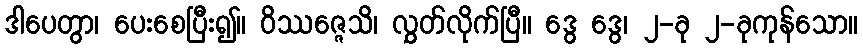
ဒါပေတွာ၊ ပေးစေပြီး၍။ ဝိဿဇ္ဇေသိ၊ လွှတ်လိုက်ပြီ။ ဒွေ ဒွေ၊ ၂-ခု ၂-ခုကုန်သော။